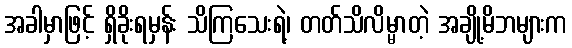
အခါမှာဖြင့် ရှိခိုးရမှန်း သိကြသေးရဲ့၊ တတ်သိလိမ္မာတဲ့ အချို့မိဘများက